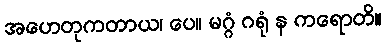
အဟေတုကတာယ၊ ပေ။ မဂ္ဂံ ဂရုံ န ကရောတိ။